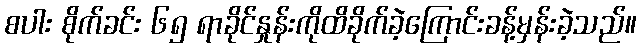
စပါး စိုက်ခင်း ၆၅ ရာခိုင်နှုန်းကိုထိခိုက်ခဲ့ကြောင်းခန့်မှန်းခဲ့သည်။